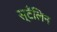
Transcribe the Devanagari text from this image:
स्टँलिन